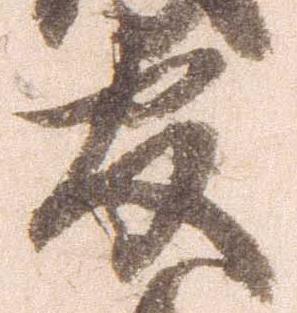
官